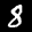
Label: 8